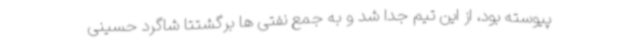
پیوسته بود، از این تیم جدا شد و به جمع نفتی ها برگشتتا شاگرد حسینی